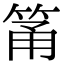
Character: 筩